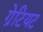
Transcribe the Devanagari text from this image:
ग्रेटियट